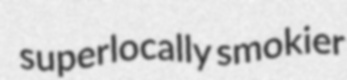
superlocally smokier